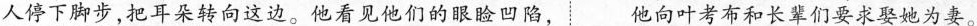
人停下脚步，把耳朵转向这边。他看见他们的眼睑凹陷，他向叶考布和长辈们要求娶她为妻。